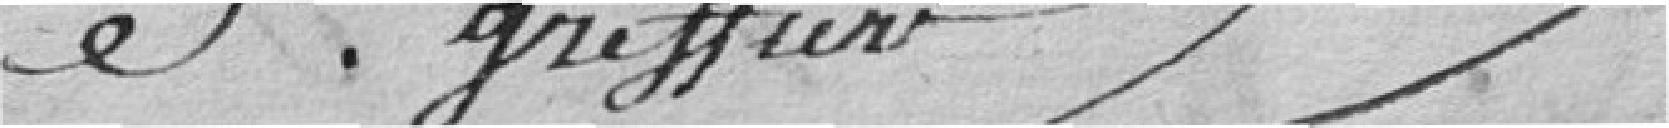
greffier